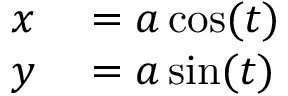
\begin{array} { r l } { x } & { { } = a \cos ( t ) } \\ { y } & { { } = a \sin ( t ) } \end{array}